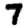
Digit: 7